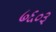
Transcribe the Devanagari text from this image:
७६०३